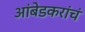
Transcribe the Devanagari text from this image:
आंबेडकरांचं